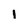
Character: 1